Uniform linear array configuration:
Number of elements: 4
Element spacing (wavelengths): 0.5
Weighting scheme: blackman
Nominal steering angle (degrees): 15
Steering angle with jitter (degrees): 13.509
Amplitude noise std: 0.05
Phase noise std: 0.05

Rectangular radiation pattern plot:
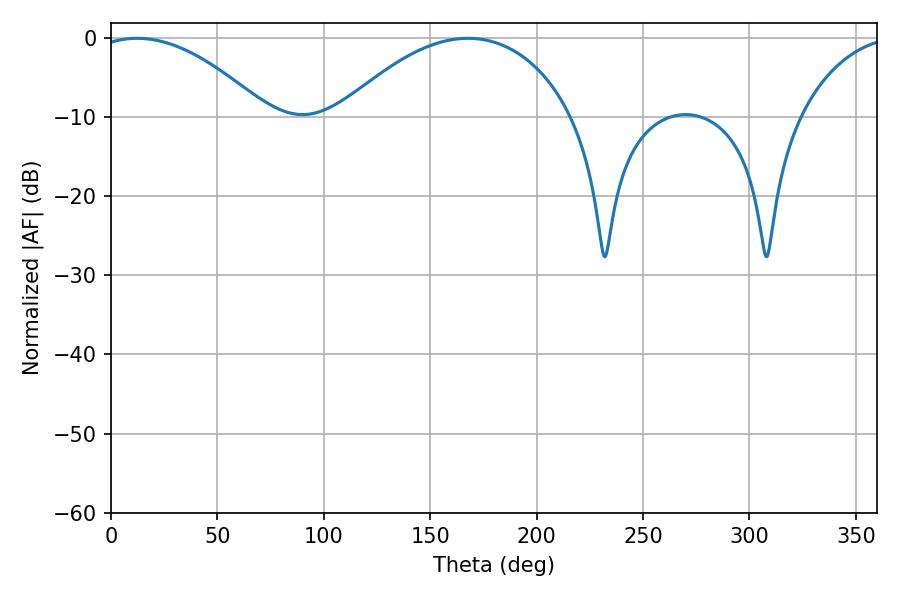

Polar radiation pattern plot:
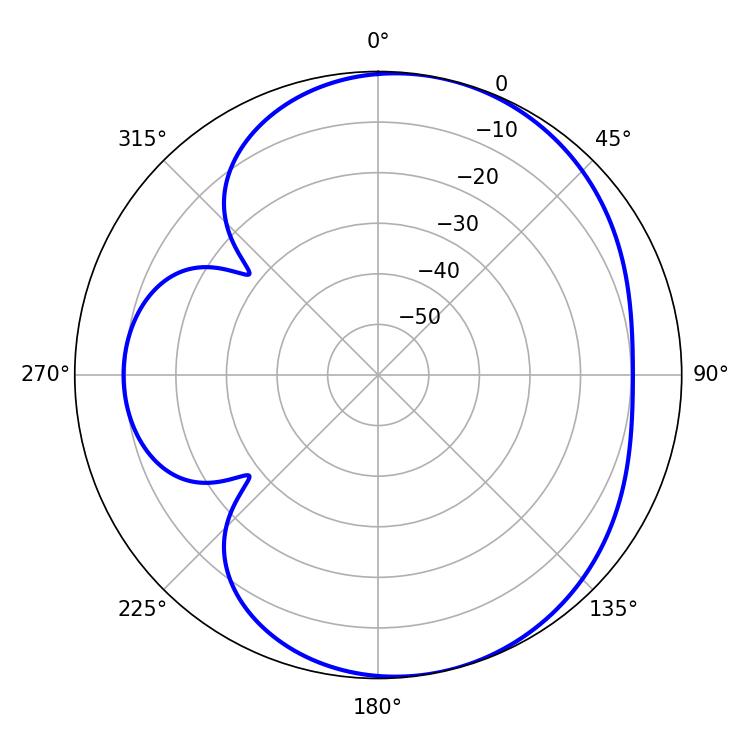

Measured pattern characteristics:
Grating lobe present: FALSE
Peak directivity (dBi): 5.595
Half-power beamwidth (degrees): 45.36
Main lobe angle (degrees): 12.24